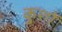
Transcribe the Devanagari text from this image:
कुशों